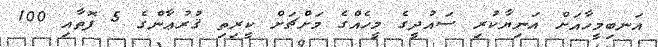
އަނބިމީހާއަށް އަނިޔާކުރި ސައުދީގެ މީހެއްގެ މަށްޗަށް ކީރިތި ޤުރުޢާންގެ 5 ފޮތާއި 100